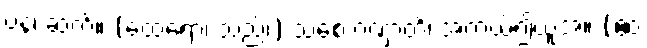
ပန၊ ဆက်။ (ထေရော၊ သည်၊) သစေ ဂဏှာတိ၊ အကယ်၍ယူအံ့။ (ဧဝံ